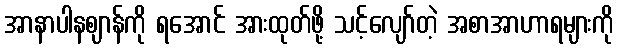
အာနာပါနဈာန်ကို ရအောင် အားထုတ်ဖို့ သင့်လျော်တဲ့ အစာအာဟာရများကို